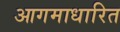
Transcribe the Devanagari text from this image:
आगमाधारित